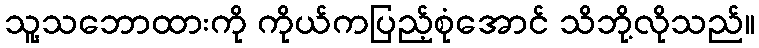
သူ့သဘောထားကို ကိုယ်ကပြည့်စုံအောင် သိဘို့လိုသည်။